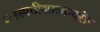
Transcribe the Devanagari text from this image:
वनस्पतीशास्त्रावरील